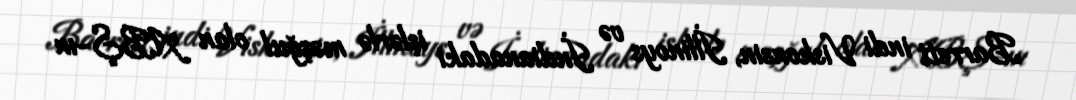
Barrett indi Viskonsin, İllinoys və İndianadaki işlərlə məşğul olan ABŞ-ın